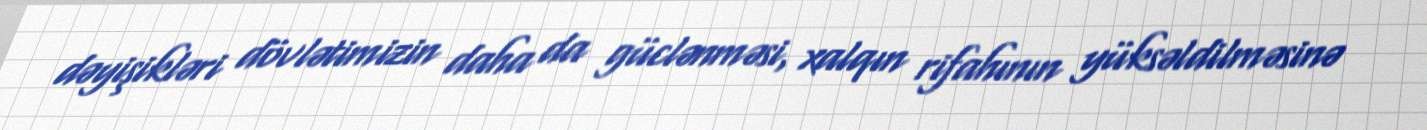
dəyişikləri dövlətimizin daha da güclənməsi, xalqın rifahının yüksəldilməsinə